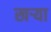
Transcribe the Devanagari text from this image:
खर्‍या